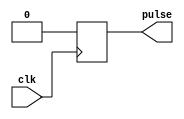
module falling_edge_pulse_generator (
  input wire clk,
  output wire pulse
);

reg pulse_reg;

always @(posedge clk) begin
  // Timing control block
  // Add specific delay here
  #10; // Example delay of 10 time units

  // Generate pulse on falling edge
  pulse_reg <= 1'b0;
end

assign pulse = pulse_reg;

endmodule